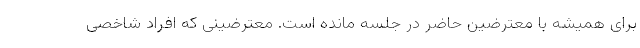
برای همیشه با معترضین حاضر در جلسه مانده است. معترضینی که افراد شاخصی